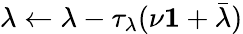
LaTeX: \lambda\leftarrow\lambda-\tau_{\lambda}(\nu\mathbf{1}+\bar{\lambda})